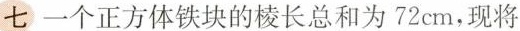
七 一个正方体铁块的棱长总和为72cm，现将